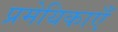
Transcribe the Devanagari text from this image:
प्रमेयिकाएँ